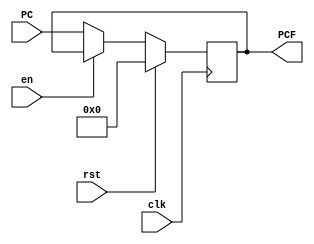
`timescale 1ns / 1ps

module ProgramCounter #(parameter WL=32)
    (
    input clk,
    input rst,
    input en,
    input [WL-1:0] PC,
    
    output reg [WL-1:0] PCF
    );

    // Register
    always@(posedge clk)
    begin
        if(rst)         //active-high reset
            PCF <= 32'd0;
        else if(!en)    //active-low enable
            PCF <= PC;
    end
    
endmodule